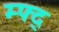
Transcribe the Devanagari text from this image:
म्फ्द्